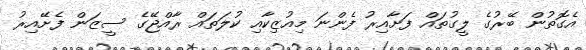
އެގޮތުން ބޭރުގެ ލީގުތައް ފަށާއިރު ފެންނަ މިއުޒިކާއި ކުލަތައް ރާއްޖޭގެ ސީޒަން ފެށޭއިރު